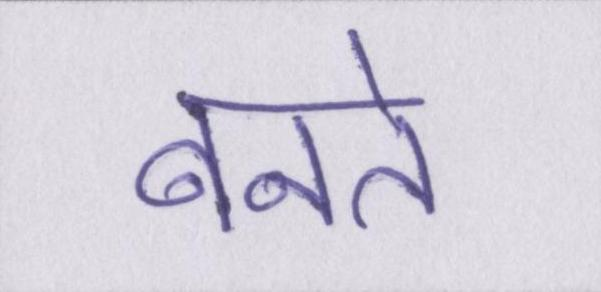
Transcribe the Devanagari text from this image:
बनते